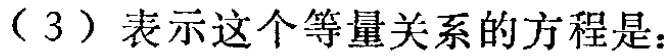
（3）表示这个等量关系的方程是：